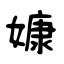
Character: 嫝